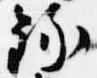
録